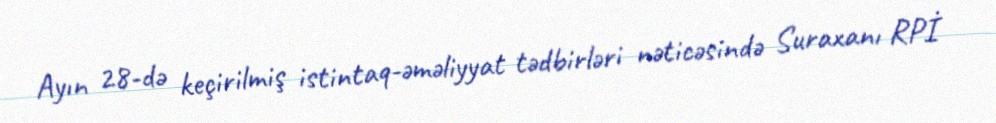
Ayın 28-də keçirilmiş istintaq-əməliyyat tədbirləri nəticəsində Suraxanı RPİ